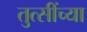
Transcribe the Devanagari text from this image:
तुत्‍सींच्‍या